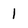
Character: 1